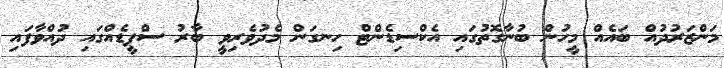
މަންޒަރުދުއް ބައެއް މީހުން ބުނާގޮތުގައި އެކްސިޑެންޓް ހިނގަން މެދުވެރިވީ ބާރު ސްޕީޑެއްގައި ދުއްވާފައި